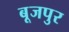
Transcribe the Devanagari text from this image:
बूजपुर